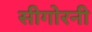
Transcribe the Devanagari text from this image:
सीगोरनी